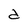
Character: d